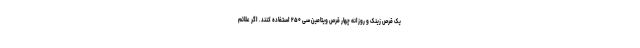
یک قرص زینک و روزانه چهار قرص ویتامین سی ۲۵۰ استفاده کنند. اگر علائم